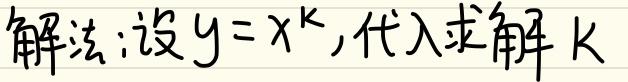
解法:设$y = x^{k}$,代入求解$k$